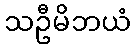
သဦမိဘယံ